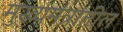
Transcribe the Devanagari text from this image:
मुख्यमंत्रांतील